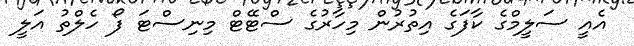
އެއީ ސަލީމްގެ ކާފަގެ އިތުރުން މިހާރުގެ ސްޓޭޓް މިނިސްޓަ ފޯ ހެލްތު އަލީ